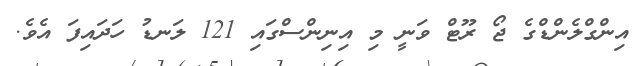
އިންގްލެންޑްގެ ޖޯ ރޫޓް ވަނީ މި އިނިންސްގައި 121 ލަނޑު ހަދައިފަ އެވެ.